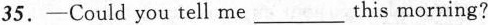
35.-Could you tell me___this morning?